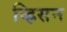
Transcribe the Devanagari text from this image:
व्ह्रिसन